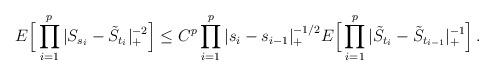
LaTeX: \begin{align*}E\Big[ \prod_{i=1}^p |S_{s_i}-\tilde{S}_{t_i}|_+^{-2} \Big] \le C^p \prod_{i=1}^p |s_i-s_{i-1} |_+^{-1/2} E \Big[ \prod_{i=1}^p |\tilde{S}_{t_i}-\tilde{S}_{t_{i-1}}|_+^{-1} \Big] \,.\end{align*}